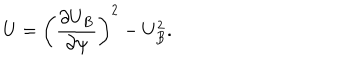
LaTeX: U = \left( \frac { \partial U _ { B } } { \partial \psi } \right) ^ { 2 } - U _ { B } ^ { 2 } .